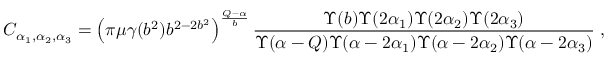
C _ { \alpha _ { 1 } , \alpha _ { 2 } , \alpha _ { 3 } } = \left( \pi \mu \gamma ( b ^ { 2 } ) b ^ { 2 - 2 b ^ { 2 } } \right) ^ { \frac { Q - \alpha } { b } } \frac { \Upsilon ( b ) \Upsilon ( 2 \alpha _ { 1 } ) \Upsilon ( 2 \alpha _ { 2 } ) \Upsilon ( 2 \alpha _ { 3 } ) } { \Upsilon ( \alpha - Q ) \Upsilon ( \alpha - 2 \alpha _ { 1 } ) \Upsilon ( \alpha - 2 \alpha _ { 2 } ) \Upsilon ( \alpha - 2 \alpha _ { 3 } ) } \; ,